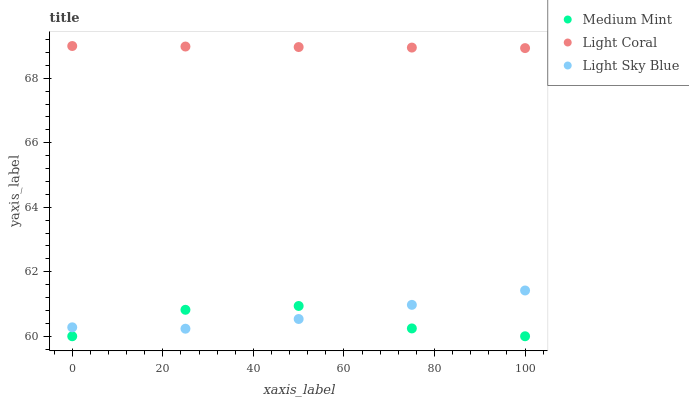
| xaxis_label | Medium Mint | Light Coral | Light Sky Blue |
 | --- | --- | --- | --- |
 | 0 | 60 | 69 | 60.3 |
 | 25 | 60.8 | 69 | 60.2 |
 | 50 | 60.9 | 69 | 60.5 |
 | 75 | 60.2 | 69 | 61 |
 | 100 | 60 | 68.9 | 61.4 |